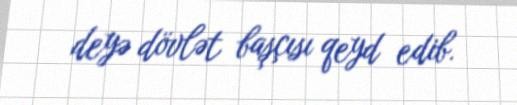
deyə dövlət başçısı qeyd edib.